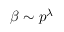
\beta \sim p ^ { \lambda }